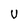
Character: U